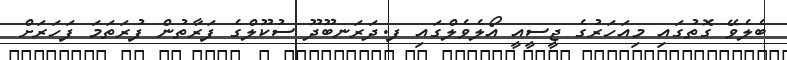
ބެލެވޭ ގޮތުގައި މިއަހަރުގެ ޖީސީއީ އޯލެވެލްގައި ފ.ދަރަނބޫދޫ ސުކޫލްގެ ފަރާތުން ފުރަތަމަ ފަހަރަށް